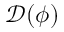
\mathcal { D } ( \phi )